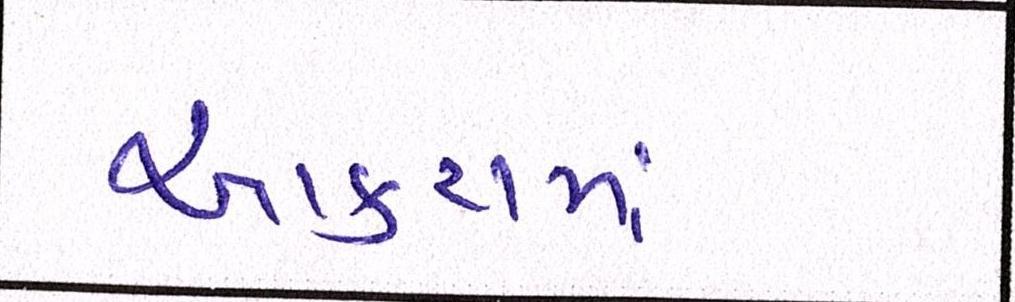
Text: આકરામાં